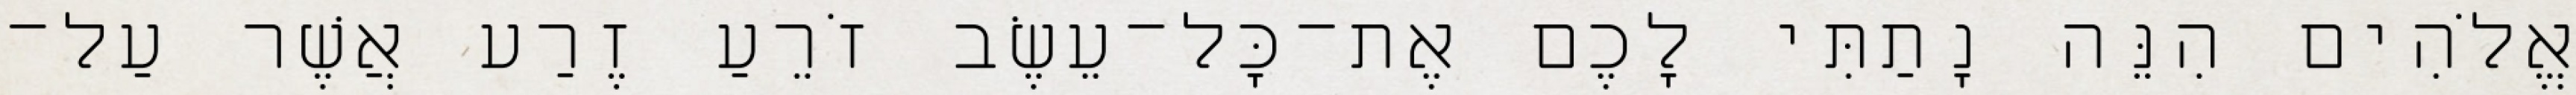
אֱלֹהִים הִנֵּה נָתַתִּי לָכֶם אֶת־כָּל־עֵשֶׂב זֹרֵעַ זֶרַע אֲשֶׁר עַל־